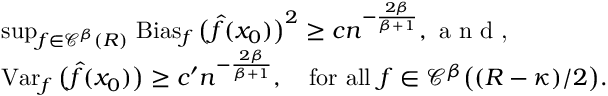
\begin{array} { r l } & { \operatorname* { s u p } _ { f \in { \mathscr C } ^ { \beta } ( R ) } \, \operatorname { B i a s } _ { f } \big ( \widehat f ( x _ { 0 } ) \big ) ^ { 2 } \geq c n ^ { - \frac { 2 \beta } { \beta + 1 } } , \textrm { a n d , } } \\ & { \operatorname { V a r } _ { f } \big ( \widehat f ( x _ { 0 } ) \big ) \geq c ^ { \prime } n ^ { - \frac { 2 \beta } { \beta + 1 } } , \quad \mathrm { f o r ~ a l l } \ f \in { \mathscr C } ^ { \beta } \big ( ( R - \kappa ) / 2 \big ) . } \end{array}